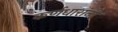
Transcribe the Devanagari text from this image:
कर्णधारांनी